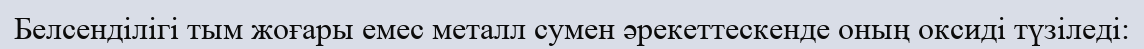
Белсенділігі тым жоғары емес металл сумен әрекеттескенде оның оксиді түзіледі: